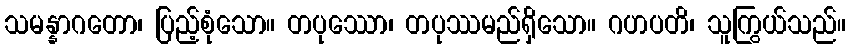
သမန္နာဂတော၊ ပြည့်စုံသော။ တပုဿော၊ တပုဿမည်ရှိသော။ ဂဟပတိ၊ သူကြွယ်သည်။